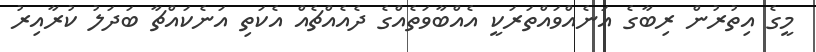
މީގެ އިތުރުން ރިބާގެ އަނެއްވައްތަރަކީ އެއްބާވަތެއްގެ ދެއެއްޗެއް އެކަތި އަނެކައްޗާ ބަދަލު ކުރާއިރު